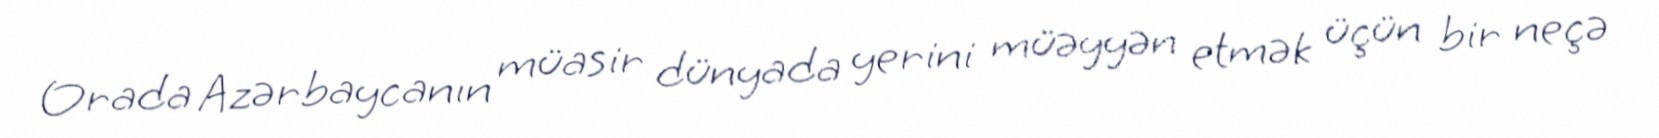
Orada Azərbaycanın müasir dünyada yerini müəyyən etmək üçün bir neçə